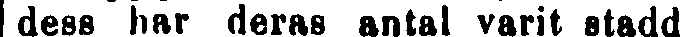
dess har deras antal varit stadd